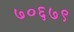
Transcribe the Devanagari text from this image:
७०६७९